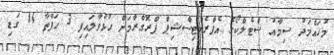
މުހައްމަދު ސިމާއު ސްޓެލްކޯގެ އެޕްރެންޓިސްޝިޕް ޕްރޮގްރާމަށް ހުޅުވާލައިފި 3 ހަފްތާ 14 ގަޑި